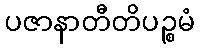
ပဇာနာတီတိပဉ္စမံ